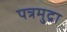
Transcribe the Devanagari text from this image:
पत्रमुद्रा